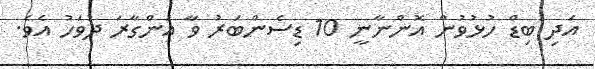
އަދި ބިޑް ހުޅުވުން އޮންނާނީ 10 ޑިސެންބަރު ވާ އަންގާރަ ދުވަހު އެވެ.